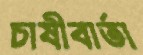
চাষীবার্তা